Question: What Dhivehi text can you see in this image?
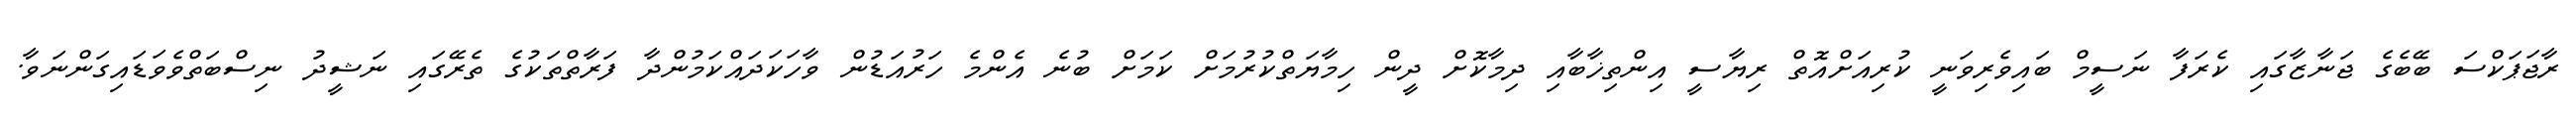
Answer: ރާޖަޕަކްސަ ބޭބެގެ ޖަނާޒާގައި ކެރަފާ ނަސީމް ބައިވެރިވަނީ ކުރިއަށްއޮތް ރިޔާސީ އިންތިޚާބާއި ދިމާކޮށް ދީން ހިމާޔަތްކުރުމަށް ކަމަށް ބުނެ އެންމެ ހަރުއަޑުން ވާހަކަދައްކަމުންދާ ފަރާތްތަކުގެ ތެރޭގައި ނަޝީދު ނިސްބަތްވެވަޑައިގަންނަވާ.